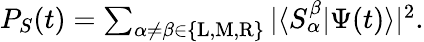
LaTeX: \begin{array}{r}{P_{S}(t)=\sum_{\alpha\neq\beta\in\{ \mathrm{L},\mathrm{M},\mathrm{R}\} }|\langle S_{\alpha}^{\beta}|\Psi(t)\rangle|^{2}.}\end{array}